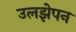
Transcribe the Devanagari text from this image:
उलझेपन